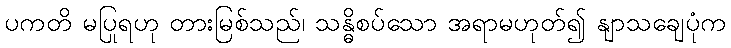
ပကတိ မပြုရဟု တားမြစ်သည်၊ သန္ဓိစပ်သော အရာမဟုတ်၍ နျာသချေပုံက